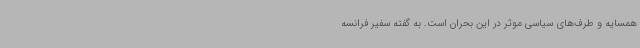
همسایه و طرف‌های سیاسی موثر در این بحران است. به گفته سفیر فرانسه